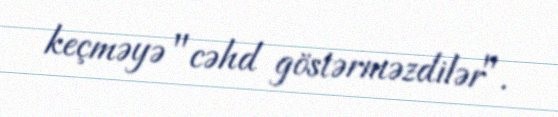
keçməyə "cəhd göstərməzdilər".